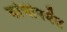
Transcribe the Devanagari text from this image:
कांचीपर्यंत